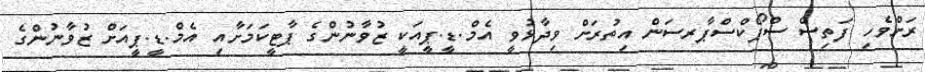
ރަށްވެހި ފަތިސް ސްޕޯކްސްޕާރސަން އިތުރަށް ވިދާޅުވީ އެމް.ޑީ.ޕީއަކީ ޒުވާނުންގެ ޕާޓީކަމަށާއި އެމް.ޑީ.ޕީއަށް ޒުވާނުންގެ